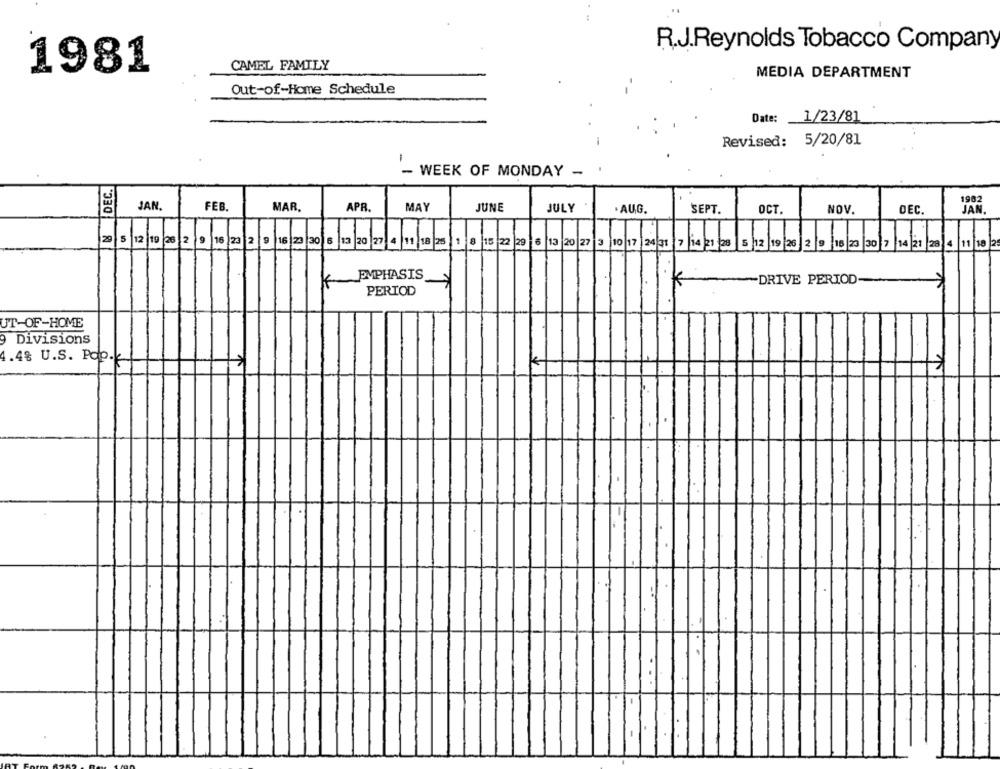
R.J.Reynolds Tobacco Company
1981
CAMEL FAMILY
MEDIA DEPARTMENT
Out-of-Home Schedule
Date: 1/23/81
Revised: 5/20/81
1
- WEEK OF MONDAY
-
DEC.
1902
JAN.
FEB.
MAR.
APR.
MAY
JUNE
JULY
JAN
. AUG.
SEPT.
OCT.
NOV.
DEC.
29 5 12 19 26 2 9 16 23 2 9 16 23 30 6
13 20 27 4 11 18 25 1 8 15 22 29 6 13 20 27 3 10 17 24 31 7 14 21 28
5 12 19 26 2 9 16 23 30 7 14 21
28
EMPHASIS
K
K
-DRIVE PERIOD
PERIOD
UT-OF-HOME
9 Divisions
4.48 U.S. Poo.k